Indian journal of veterinary science and animal husbandry - Volume 4,
Year: 1934
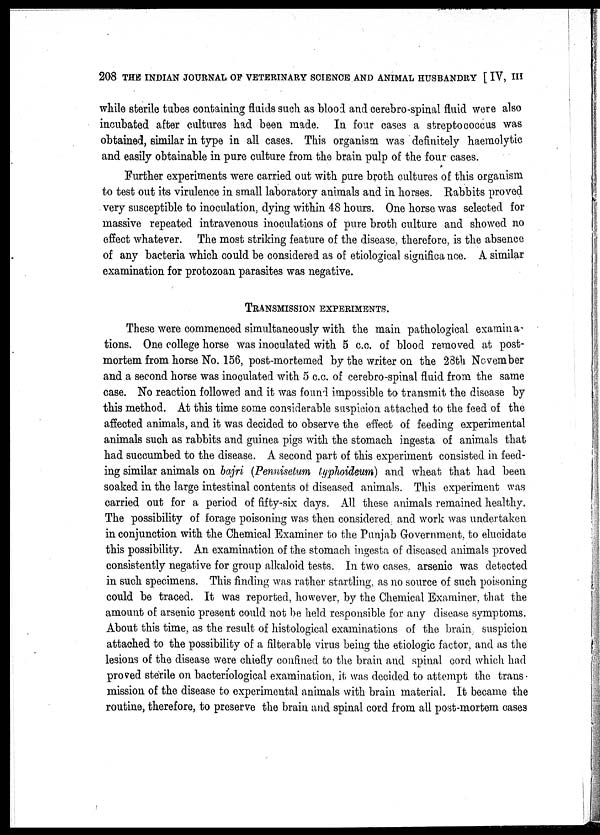
208 THE INDIAN JOURNAL OF VETERINARY SCIENCE AND ANIMAL HUSBANDRY [ IV, III
while sterile tubes containing fluids such as blood and cerebro-spinal fluid were also
incubated after cultures had been made. In four cases a streptococcus was
obtained, similar in type in all cases. This organism was definitely haemolytic
and easily obtainable in pure culture from the brain pulp of the four cases.
Further experiments were carried out with pure broth cultures of this organism
to test out its virulence in small laboratory animals and in horses. Rabbits proved
very susceptible to inoculation, dying within 48 hours. One horse was selected for
massive repeated intravenous inoculations of pure broth culture and showed no
effect whatever. The most striking feature of the disease, therefore, is the absence
of any bacteria which could be considered as of etiological significance. A similar
examination for protozoan parasites was negative.
TRANSMISSION EXPERIMENTS.
These were commenced simultaneously with the main pathological examina-
tions. One college horse was inoculated with 5 c.c. of blood removed at post-
mortem from horse No. 156, post-mortemed by the writer on the 28th November
and a second horse was inoculated with 5 c.c. of cerebro-spinal fluid from the same
case. No reaction followed and it was found impossible to transmit the disease by
this method. At this time some considerable suspicion attached to the feed of the
affected animals, and it was decided to observe the effect of feeding experimental
animals such as rabbits and guinea pigs with the stomach ingesta of animals that
had succumbed to the disease. A second part of this experiment consisted in feed-
ing similar animals on bajri (Pennisetum typhoideum) and wheat that had been
soaked in the large intestinal contents of diseased animals. This experiment was
carried out for a period of fifty-six days. All these animals remained healthy.
The possibility of forage poisoning was then considered, and work was undertaken
in conjunction with the Chemical Examiner to the Punjab Government, to elucidate
this possibility. An examination of the stomach ingesta of diseased animals proved
consistently negative for group alkaloid tests. In two cases. arsenic was detected
in such specimens. This finding was rather startling, as no source of such poisoning
could be traced. It was reported, however, by the Chemical Examiner, that the
amount of arsenic present could not be held responsible for any disease symptoms.
About this time, as the result of histological examinations of the brain suspicion
attached to the possibility of a filterable virus being the etiologic factor, and as the
lesions of the disease were chiefly confined to the brain and spinal cord which had
proved sterile on bacteriological examination, it was decided to attempt the trans
mission of the disease to experimental animals with brain material. It became the
routine, therefore, to preserve the brain and spinal cord from all post-mortem cases